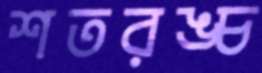
শতরঙ্চ